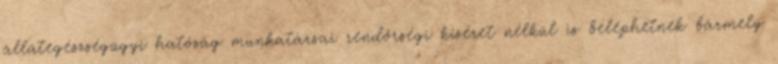
állategészségügyi hatóság munkatársai rendőrségi kíséret nélkül is beléphetnek bármely